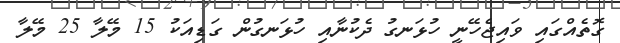
ގޮތެއްގައި ވައިޖެހޭނީ ހުޅަނގު ދެކުނާއި ހުޅަނގުން ގަޑިއަކު 15 މޭލާ 25 މޭލާ